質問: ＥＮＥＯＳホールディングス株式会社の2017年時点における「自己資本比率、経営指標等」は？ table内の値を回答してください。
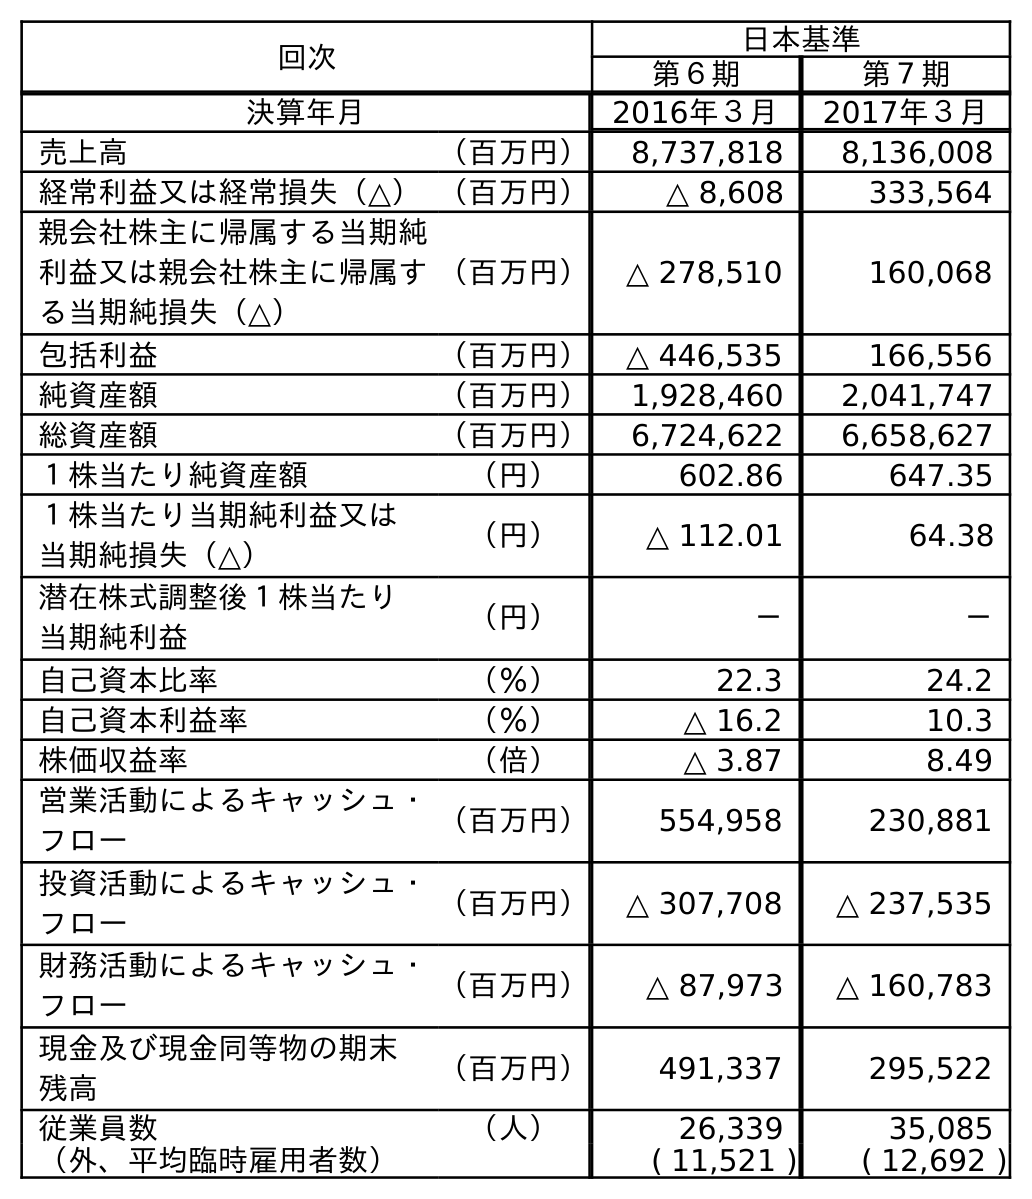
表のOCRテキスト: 回次 日本基準 第６期 第７期 決算年月 2016年３月 2017年３月 売上高 （百万円） 8,737,818 8,136,008 経常利益又は経常損失（△）（百万円） △ 8,608 333,564 親会社株主に帰属する当期純 利益又は親会社株主に帰属す る当期純損失（△） （百万円） △ 278,510 160,068 包括利益 （百万円） △ 446,535 166,556 純資産額 （百万円） 1,928,460 2,041,747 総資産額 （百万円） 6,724,622 6,658,627 １株当たり純資産額 （円） 602.86 647.35 １株当たり当期純利益又は 当期純損失（△） （円） △ 112.01 64.38 潜在株式調整後１株当たり 当期純利益 （円） － － 自己資本比率 （％） 22.3 24.2 自己資本利益率 （％） △ 16.2 10.3 株価収益率 （倍） △ 3.87 8.49 営業活動によるキャッシュ・ フロー （百万円） 554,958 230,881 投資活動によるキャッシュ・ フロー （百万円） △ 307,708 △ 237,535 財務活動によるキャッシュ・ フロー （百万円） △ 87,973 △ 160,783 現金及び現金同等物の期末 残高 （百万円） 491,337 295,522 従業員数 （人） 26,339 35,085 （外、平均臨時雇用者数） ( 11,521 ) ( 12,692 )
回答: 24.2